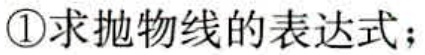
\textcircled{1}求抛物线的表达式；